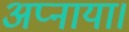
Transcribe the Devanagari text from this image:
अप्नाया।